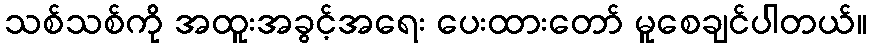
သစ်သစ်ကို အထူးအခွင့်အရေး ပေးထားတော် မူစေချင်ပါတယ်။